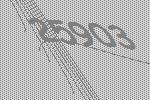
25903